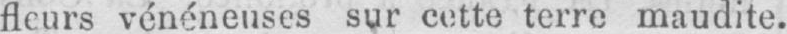
fleurs vénéneuses sur cette terre maudite.